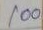
100